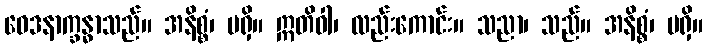
ဝေဒနာက္ခန္ဓာသည်။ အနိစ္စံ၊ မရှိ။ ဣတိဝါ၊ လည်းကောင်း။ သညာ၊ သည်။ အနိစ္စံ၊ မရှိ။